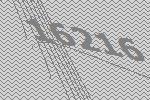
16216